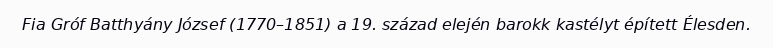
Fia Gróf Batthyány József (1770–1851) a 19. század elején barokk kastélyt épített Élesden.